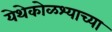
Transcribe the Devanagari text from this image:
येथेकोळश्याच्या